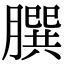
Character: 𦠆